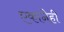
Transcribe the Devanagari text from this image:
एकानेही